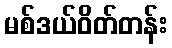
မစ်ဒယ်ဝိတ်တန်း